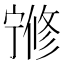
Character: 𡪇